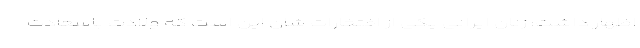
اظهار داشت: زنان ایرانی یکی از افتخارات شان این است که ولادت باسعادت